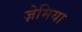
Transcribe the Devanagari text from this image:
ज़ेमिया